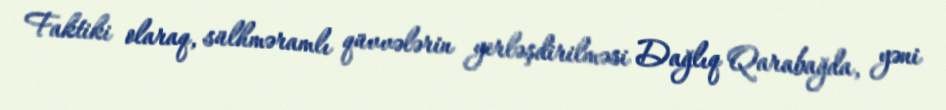
Faktiki olaraq, sülhməramlı qüvvələrin yerləşdirilməsi Dağlıq Qarabağda, yəni